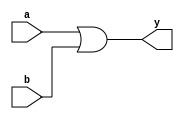
module myor(a,b,y);
	input a,b;
	output y;
	assign y = a|b;
endmodule